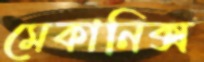
মেকানিক্স